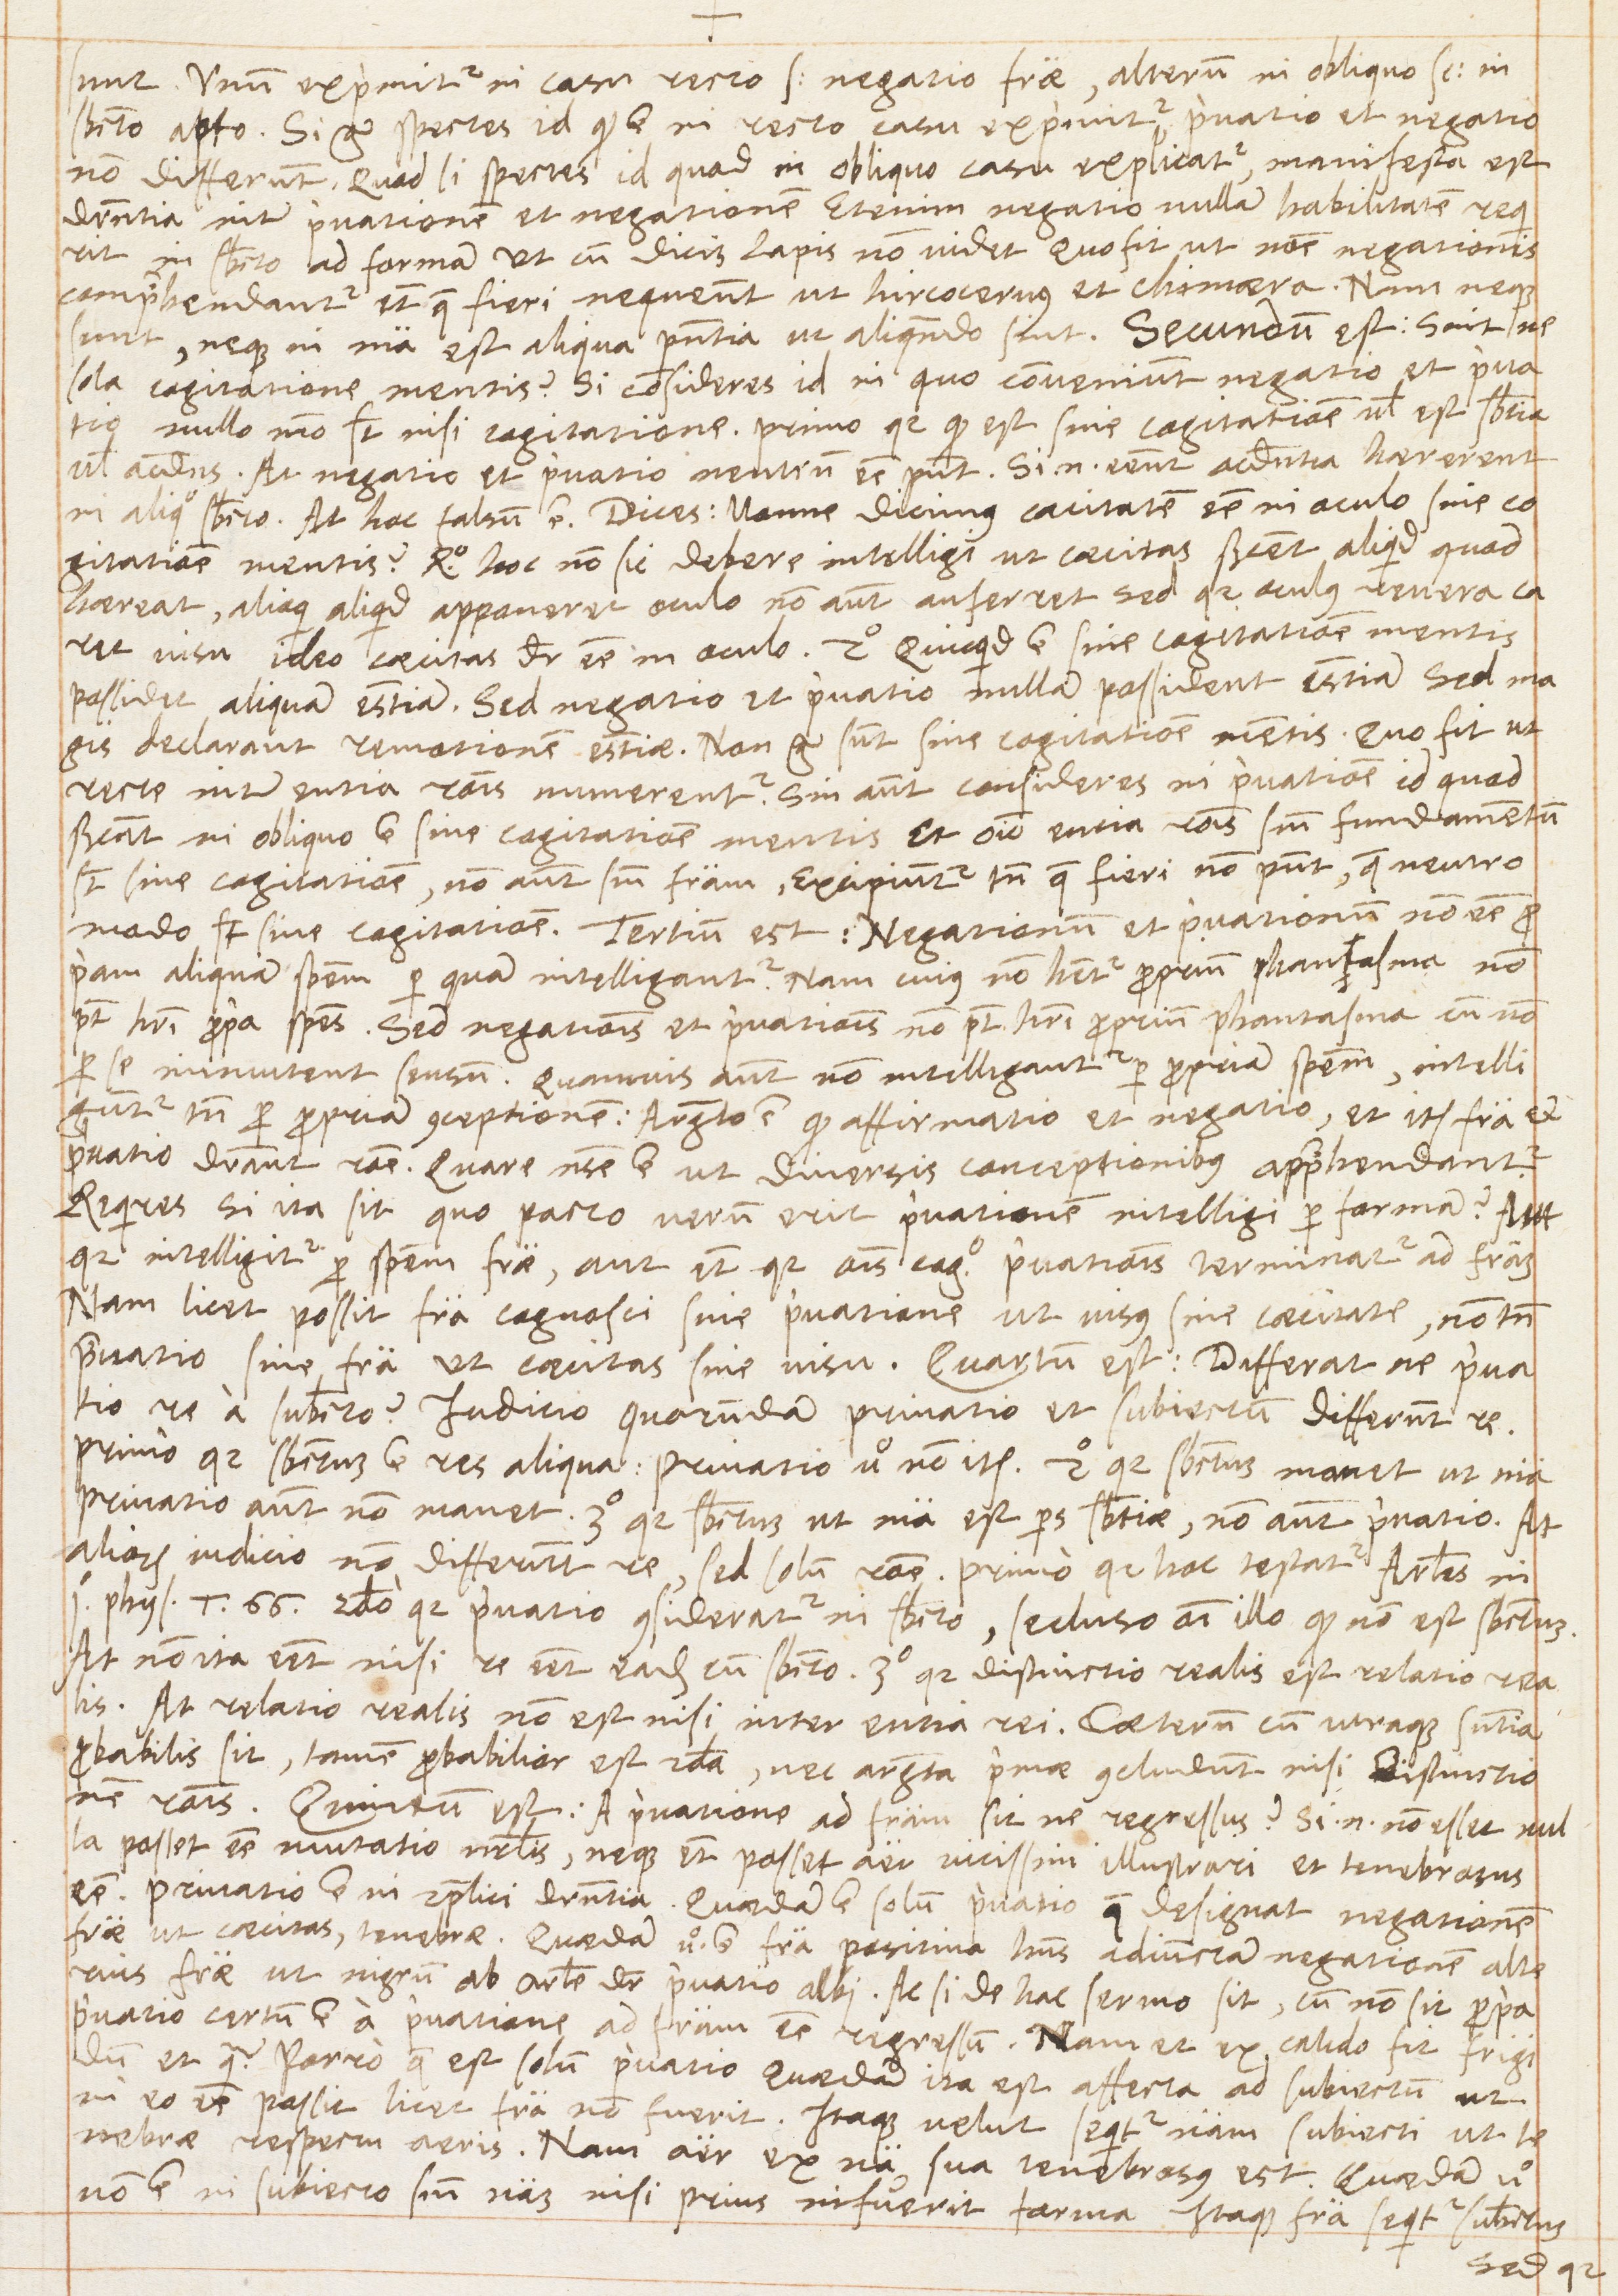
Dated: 1567–1567